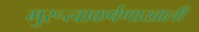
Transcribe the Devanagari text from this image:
गुरूत्वाकर्षणाखाली